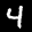
Label: 4